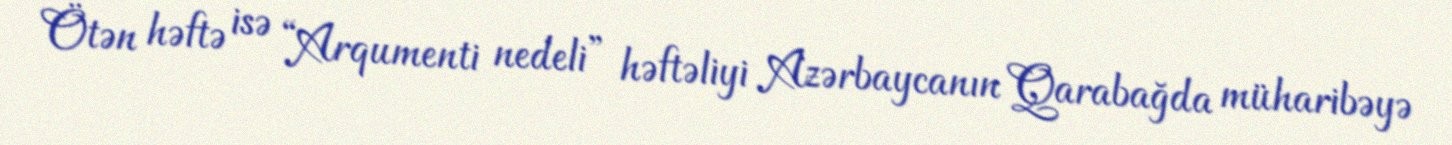
Ötən həftə isə “Arqumenti nedeli” həftəliyi Azərbaycanın Qarabağda müharibəyə